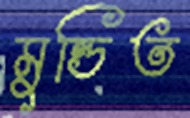
মুন্ডিত